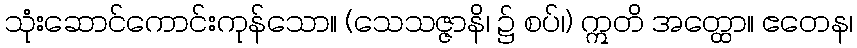
သုံးဆောင်ကောင်းကုန်သော။ (သေသဇ္ဇာနိ၊ ၌ စပ်၊) ဣတိ အတ္ထော။ ဧတေန၊